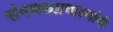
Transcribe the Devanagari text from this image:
संगणकप्रणाल्यांची